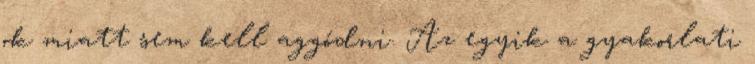
ok miatt sem kell aggódni. Az egyik a gyakorlati